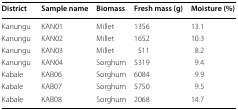
| District | Sample name | Biomass | Fresh mass (g) | Moisture (%) |
 | --- | --- | --- | --- | --- |
 | Kanungu | KAN01 | Millet | 1356 | 13.1 |
 | Kanungu | KAN02 | Millet | 1652 | 10.3 |
 | Kanungu | KAN03 | Millet | 511 | 8.2 |
 | Kanungu | KAN04 | Sorghum | 5319 | 9.4 |
 | Kabale | KAB06 | Sorghum | 6084 | 9.9 |
 | Kabale | KAB07 | Sorghum | 5750 | 9.5 |
 | Kabale | KAB08 | Sorghum | 2068 | 14.7 |